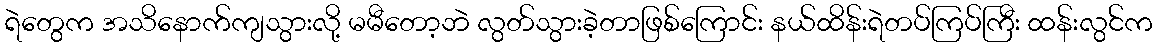
ရဲတွေက အသိနောက်ကျသွားလို့ မမီတော့ဘဲ လွတ်သွားခဲ့တာဖြစ်ကြောင်း နယ်ထိန်းရဲတပ်ကြပ်ကြီး ထန်းလွင်က